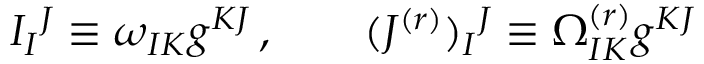
I _ { I } { } ^ { J } \equiv \omega _ { I K } g ^ { K J } \, , \qquad ( J ^ { ( r ) } ) _ { I } { } ^ { J } \equiv \Omega _ { I K } ^ { ( r ) } g ^ { K J }